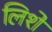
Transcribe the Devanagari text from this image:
लिशे